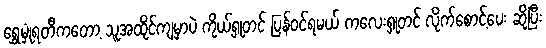
ရွှေမှုံရတီကတော့ သူအထိုင်ကျမှာပဲ ကိုယ့်ရှုတင် ပြန်ဝင်ရမယ် ကလေးရှုတင် လိုက်စောင့်ပေး ဆိုပြီး